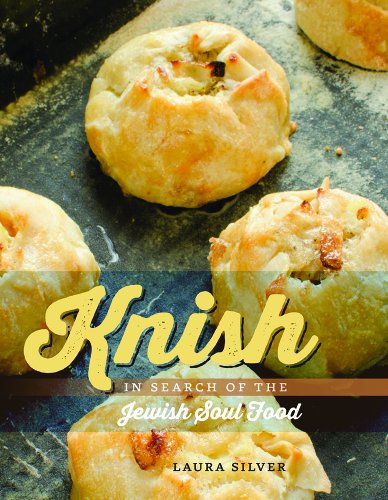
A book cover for Knish: In Search of the Jewish Soul Food (HBI Series on Jewish Women); Laura Silver; Cookbooks, Food & Wine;